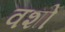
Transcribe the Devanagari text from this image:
वशो